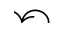
\curvearrowleft